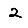
Digit: 2